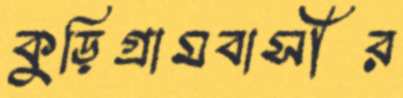
কুড়িগ্রামবাসীর